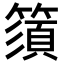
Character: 𥳗